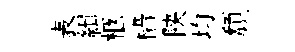
表緝柩檣陕均頹